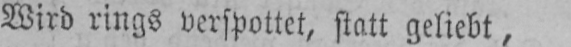
Wird rings verspottet, statt geliebt,